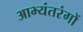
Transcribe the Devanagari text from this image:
आभ्यंतरंगों